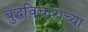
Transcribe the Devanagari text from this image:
बुद्धविचाराच्या